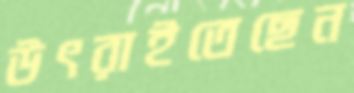
উৎরাইতেছেন